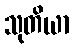
သုတိယာ